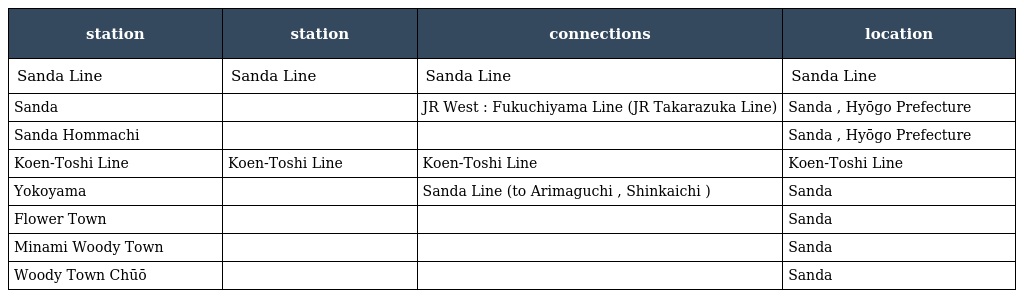
| station | station | connections | location |
 | --- | --- | --- | --- |
 | Sanda Line | Sanda Line | Sanda Line | Sanda Line |
 | Sanda | 三田 | JR West : Fukuchiyama Line (JR Takarazuka Line) | Sanda , Hyōgo Prefecture |
 | Sanda Hommachi | 三田本町 |  | Sanda , Hyōgo Prefecture |
 | Koen-Toshi Line | Koen-Toshi Line | Koen-Toshi Line | Koen-Toshi Line |
 | Yokoyama | 横山 | Sanda Line (to Arimaguchi , Shinkaichi ) | Sanda |
 | Flower Town | フラワータウン |  | Sanda |
 | Minami Woody Town | 南ウッディタウン |  | Sanda |
 | Woody Town Chūō | ウッディタウン中央 |  | Sanda |